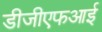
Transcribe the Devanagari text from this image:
डीजीएफआई